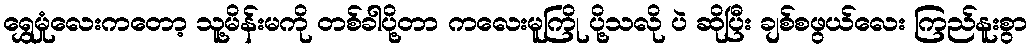
ရွှေမှုံလေးကတော့ သူ့မိန်းမကို တစ်ခါပို့တာ ကလေးမူကြို ပို့သလို ပဲ ဆိုပြီး ချစ်စဖွယ်လေး ကြည်နူးစွာ